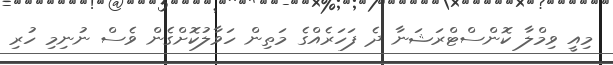
މިއީ ވިމްލާ ކޮންސްޓްރަޝަނާ ދެ ފަހަރެއްގެ މަތިން ހަވާލުކޮށްގެން ވެސް ނުނިމި ހުރި